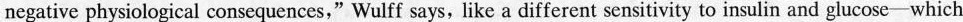
negative physiological consequences,” Wulff says, like a different sensitivity to insulin and glucose-which